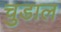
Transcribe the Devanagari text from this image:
चुडाल